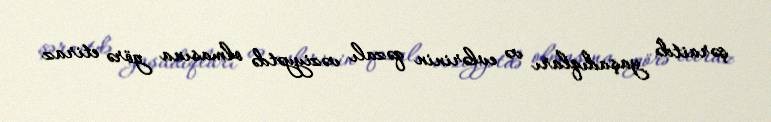
şəraitdə yaşadıqları və evlərinin qəzalı vəziyyətdə olmasına görə etiraz